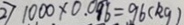
2 ) 1 0 0 0 \times 0 . 0 9 6 = 9 6 ( k g )